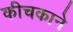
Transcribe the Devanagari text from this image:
कीचकाने